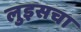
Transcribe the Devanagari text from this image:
लुइसचा